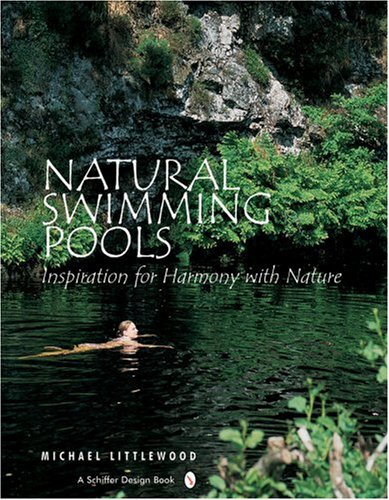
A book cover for Natural Swimming Pools: Inspiration For Harmony With Nature (Schiffer Design Books); Michael Littlewood; Crafts, Hobbies & Home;